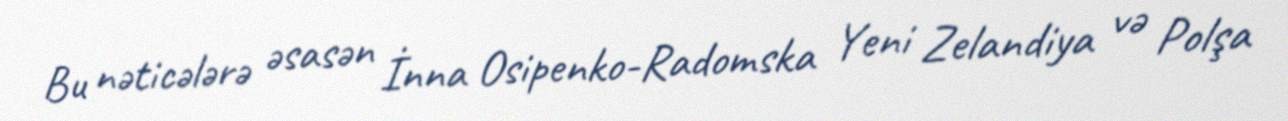
Bu nəticələrə əsasən İnna Osipenko-Radomska Yeni Zelandiya və Polşa